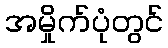
အမှိုက်ပုံတွင်